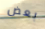
بعض